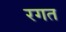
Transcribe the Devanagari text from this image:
रगत